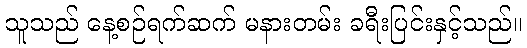
သူသည် နေ့စဉ်ရက်ဆက် မနားတမ်း ခရီးပြင်းနှင့်သည်။